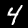
Digit: 4